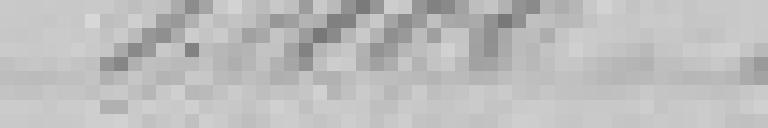
1.400